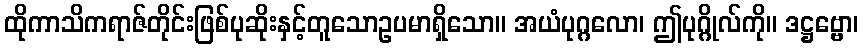
ထိုကာသိကရာဇ်တိုင်းဖြစ်ပုဆိုးနှင့်တူသောဥပမာရှိသော။ အယံပုဂ္ဂလော၊ ဤပုဂ္ဂိုလ်ကို။ ဒဋ္ဌဗ္ဗော၊